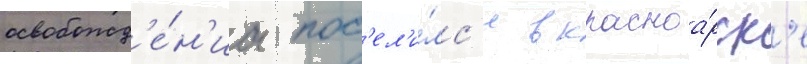
освобожд'е́н'иа пос'ел'и́лс'я в красноа́рск'е